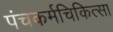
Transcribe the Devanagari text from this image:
पंचकर्मचिकित्सा